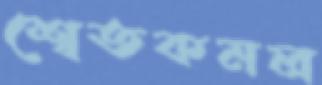
শ্বেতকমল